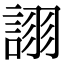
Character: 𧩘